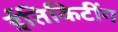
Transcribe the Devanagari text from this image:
ईतिकिटींग